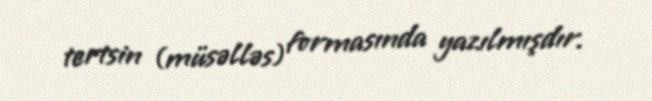
tertsin (müsəlləs) formasında yazılmışdır.